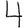
Digit: 4